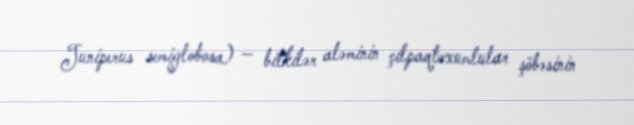
Juniperus semiglobosa) — bitkilər aləminin çılpaqtoxumlular şöbəsinin